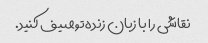
نقاشی را با زبان زنده توصیف کنید.